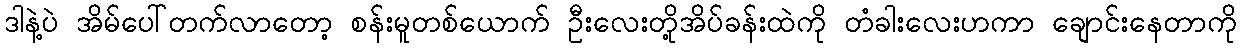
ဒါနဲ့ပဲ အိမ်ပေါ်တက်လာတော့ စန်းမူတစ်ယောက် ဦးလေးတို့အိပ်ခန်းထဲကို တံခါးလေးဟကာ ချောင်းနေတာကို